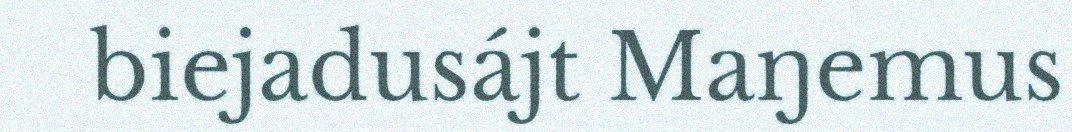
biejadusájt Maŋemus